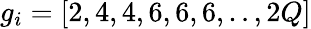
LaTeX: g_{i}=[2,4,4,6,6,6,..,2Q]